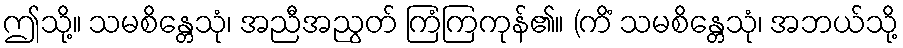
ဤသို့။ သမစိန္တေသုံ၊ အညီအညွတ် ကြံကြကုန်၏။ (ကိံ သမစိန္တေသုံ၊ အဘယ်သို့